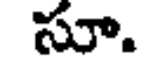
సూ.